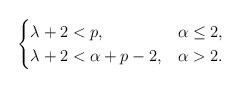
\begin{align*}\begin{cases}\lambda +2 < p , & \alpha\leq 2 , \\\lambda +2 < \alpha+p-2, & \alpha > 2 .\end{cases}\end{align*}